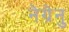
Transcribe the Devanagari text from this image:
नेग्रेनु